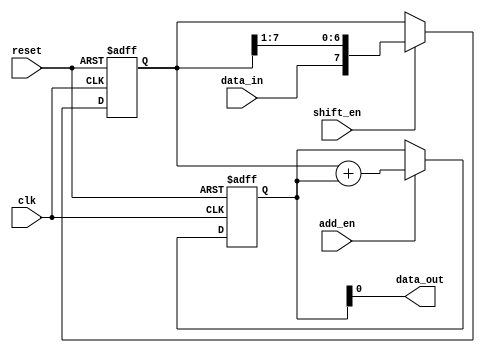
module ShiftAndAddReg (
    input wire clk,
    input wire reset,
    input wire shift_en,
    input wire add_en,
    input wire data_in,
    output wire data_out
);

reg [7:0] shift_reg;
reg [7:0] sum_reg;

always @(posedge clk or posedge reset) begin
    if (reset) begin
        shift_reg <= 8'b0;
        sum_reg <= 8'b0;
    end else begin
        if (shift_en) begin
            shift_reg <= {data_in, shift_reg[7:1]};
        end

        if (add_en) begin
            sum_reg <= shift_reg + sum_reg;
        end
    end
end

assign data_out = sum_reg;

endmodule